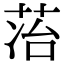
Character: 𬜷